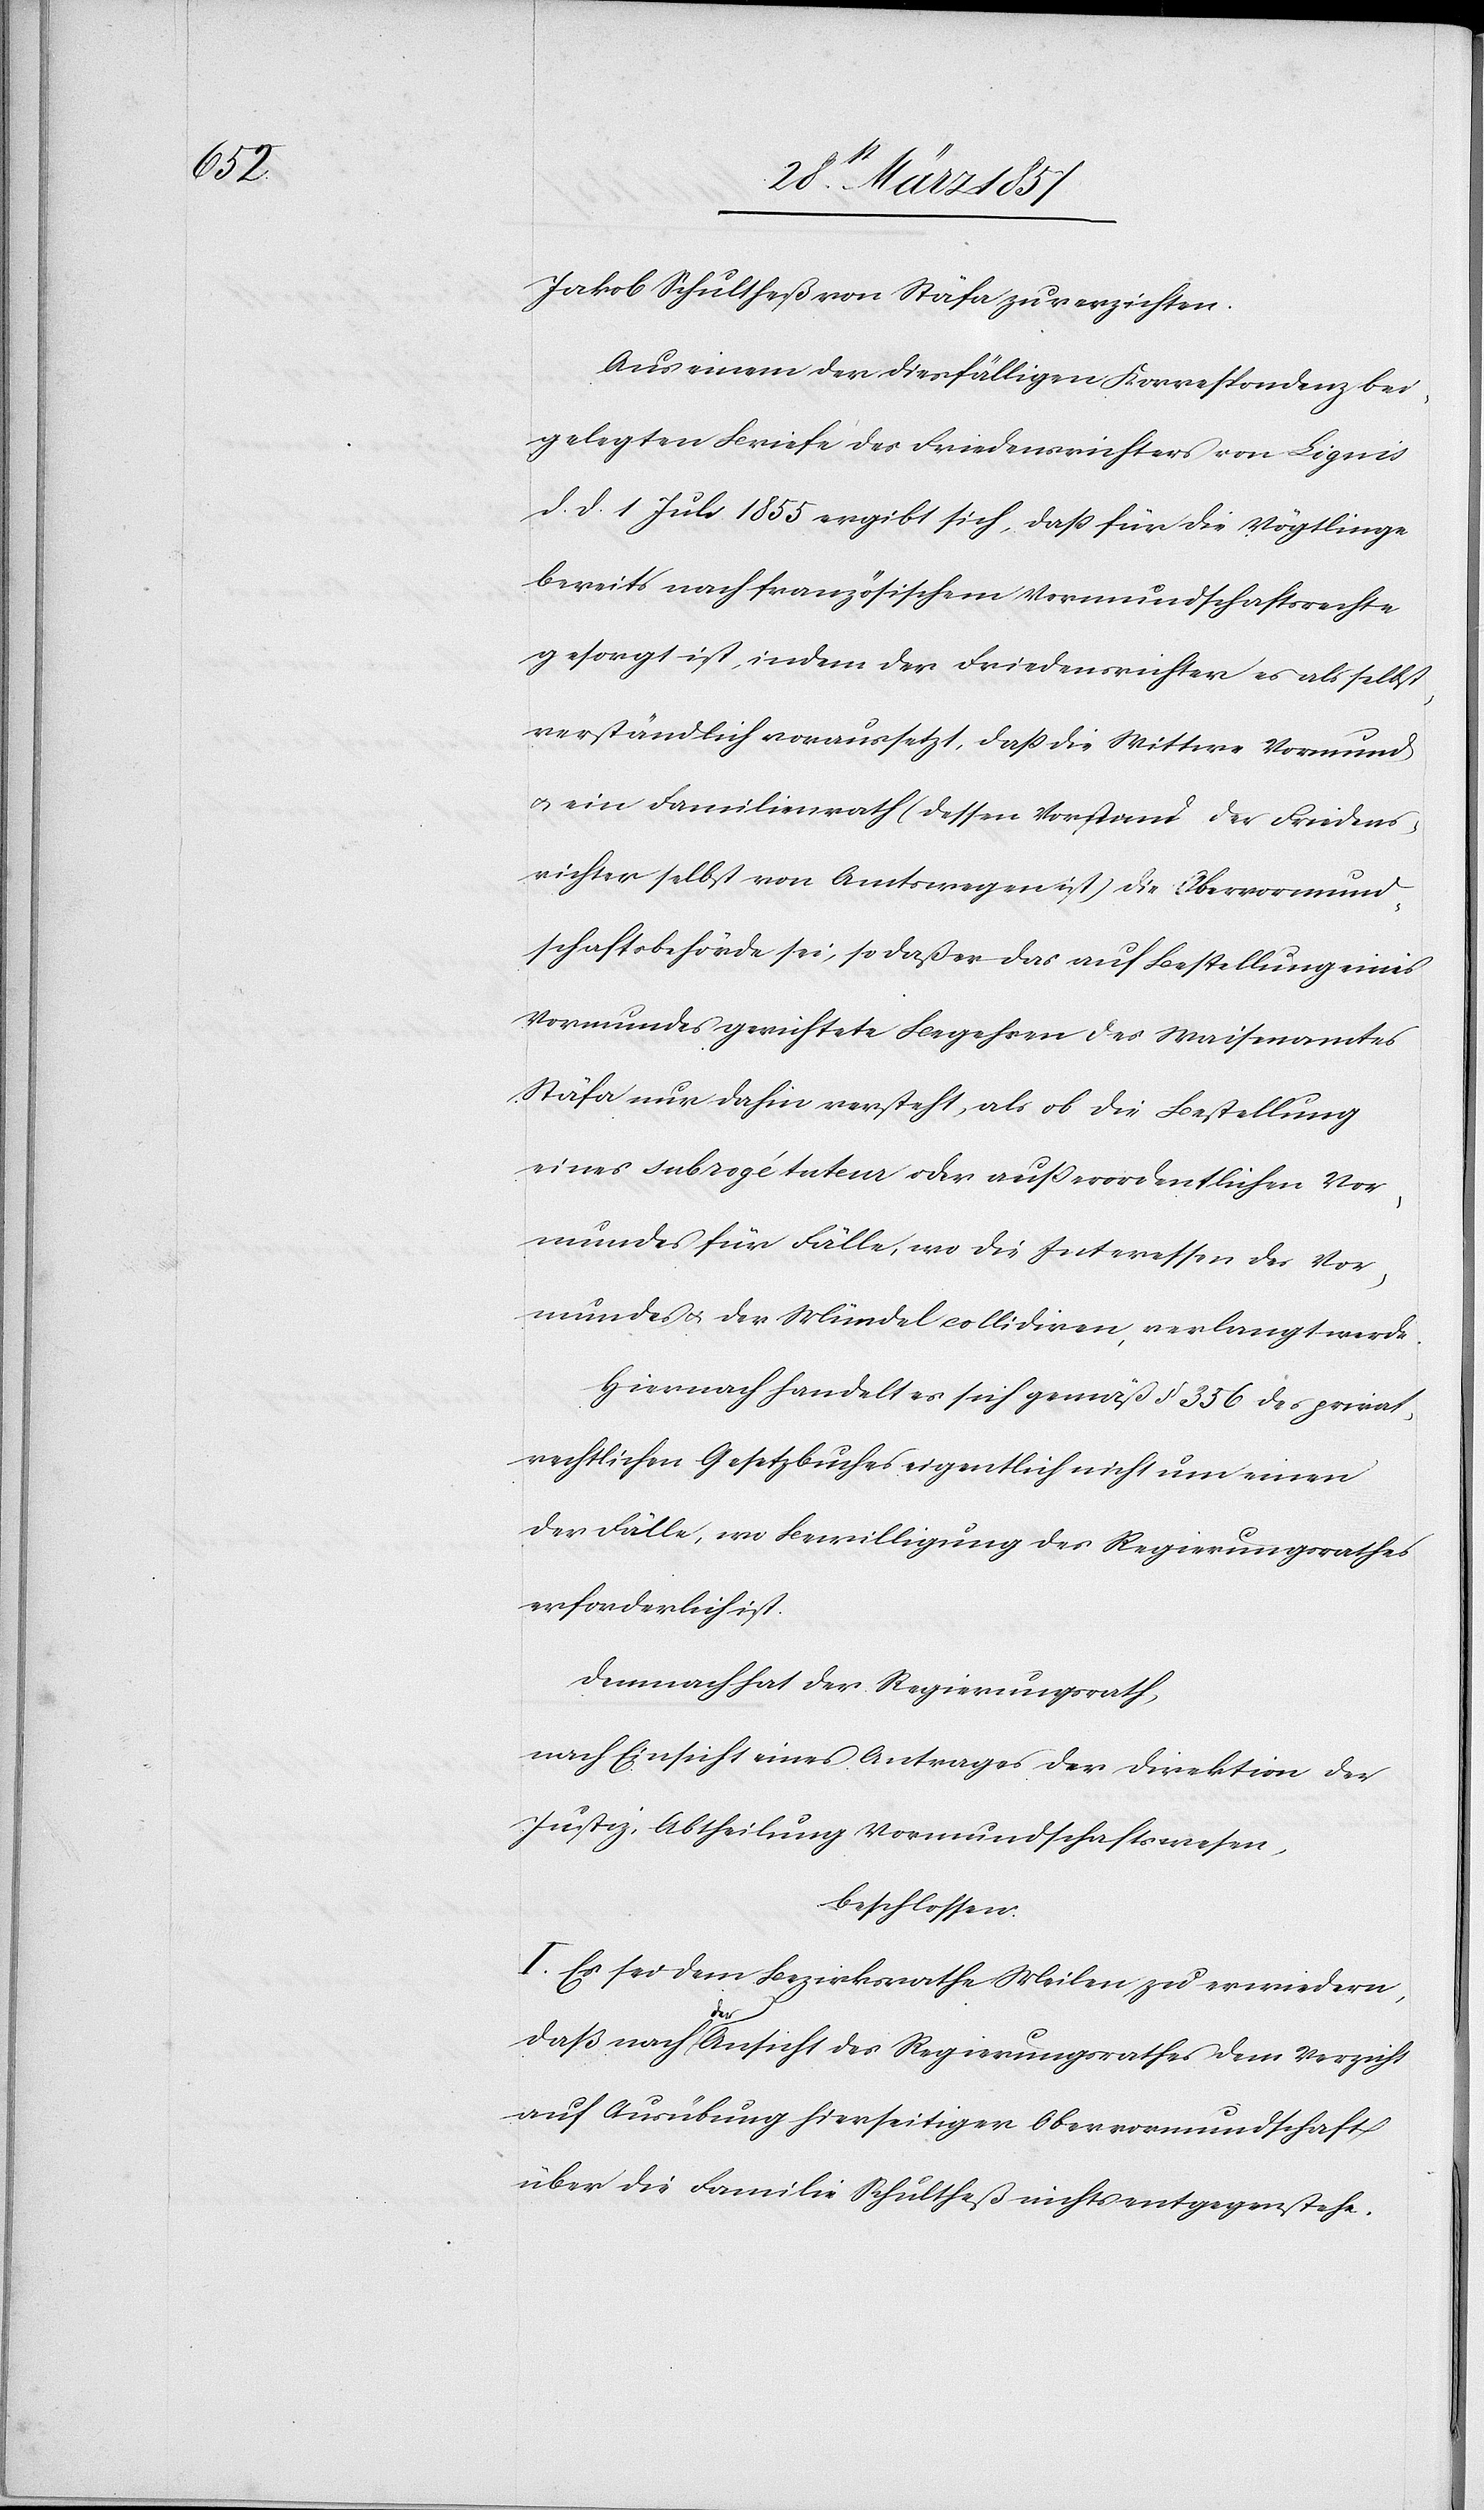
Jakob Schultheß von Stäfa zu verzichten.
Aus einem der diesfälligen Korrespondenz bei¬
gelegten Briefe des Friedensrichters von Lignis
d. d. 1 Juli 1855 ergibt sich, daß für die Vögtlinge
bereits nach französischem Vormundschaftsrechte
gesorgt ist, indem der Friedensrichter es als selbst¬
verständlich voraussetzt, daß die Wittwe Vormund
u. ein Familienrath (dessen Vorstand der Friedens¬
richter selbst von Amtswegen ist) die Obervormund¬
schaftsbehörde sei, so daß er das auf Bestellung eines
Vormundes gerichtete Begehren des Waisenamtes
Stäfa nur dahin versteht, als ob die Bestellung
eines subrogétateur oder außerordentlichen Vor¬
mundes für Fälle, wo die Interessen des Vor¬
mundes u. der Mündel collidiren, verlangt werde.
Hiernach handelt es sich gemäß § 356 des privat¬
rechtlichen Gesetzbuches eigentlich nicht um einen
der Fälle, wo Bewilligung des Regierungsrathes
erforderlich ist.
Demnach hat der Regierungsrath,
nach Einsicht eines Antrages der Direktion der
Justiz, Abtheilung Vormundschaftswesen,
beschlossen:
I. Es sei dem Bezirksrathe Meilen zu ewiedern,
daß nach der Ansicht des Regierungsrathes dem Verzicht
auf Ausübung hierseitiger Obervormundschaft
über die Familie Schultheß nichts entgegen stehe.